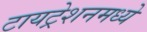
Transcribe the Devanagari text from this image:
टायट्रेशनमध्ये